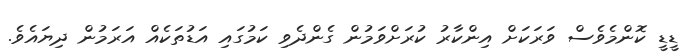
ޑީޑީ ކޮންމެވެސް ވަރަކަށް އިންކާރު ކުރަށްވަމުން ގެންދެވި ކަމުގައި އަޑުތަކެއް އަރަމުން ދިޔައެވެ.